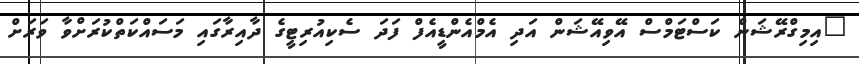
"އިމިގްރޭޝަން ކަސްޓަމްސް އޭވިއޭޝަން އަދި އެމްއެންޑީއެފް ފަދަ ސެކިއުރިޓީގެ ދާއިރާގައި މަސައްކަތްކުރަށްވާ ވަރަށް